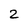
Character: 2